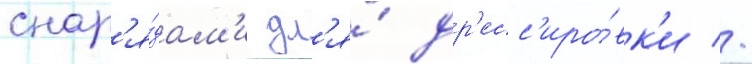
снар'я́дам'и дл'я́ др'есс'иро́вк'и //